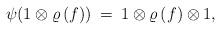
LaTeX: \begin{align*}\psi ( 1 \otimes \varrho \, (f) ) \: = \: 1 \otimes \varrho \, (f) \otimes 1,\end{align*}